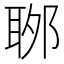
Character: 𦕬